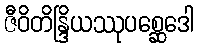
ဇီဝိတိန္ဒြိယဿုပစ္ဆေဒေါ